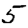
Digit: 5